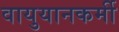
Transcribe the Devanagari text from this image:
वायुयानकर्मी